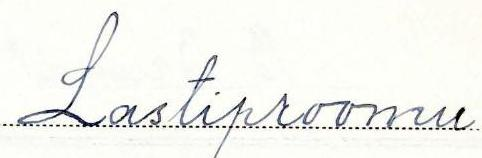
Lastiproomu